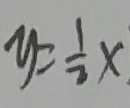
y = \frac { 1 } { 2 } x